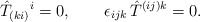
\begin{align*}\hat{T}_{(ki)}{}^{i}=0,\qquad \epsilon _{ijk}\,\hat{T}^{(ij)k}=0.\end{align*}